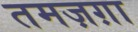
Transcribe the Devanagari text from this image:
तमज़ग़ा